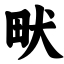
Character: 畎